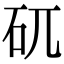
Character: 矹